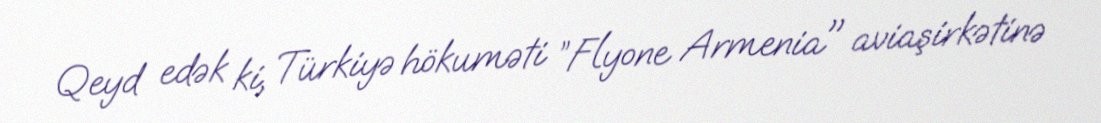
Qeyd edək ki, Türkiyə hökuməti ”Flyone Armenia" aviaşirkətinə